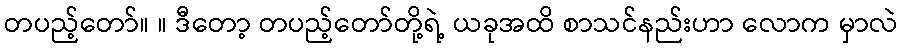
တပည့်တော်။ ။ ဒီတော့ တပည့်တော်တို့ရဲ့ ယခုအထိ စာသင်နည်းဟာ လောက မှာလဲ